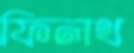
ফিলথ